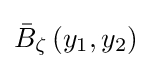
{\bar {B}}_{\zeta }\left(y_{1},y_{2}\right)